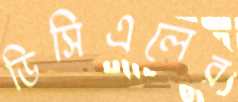
ডিসিএলের